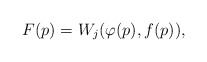
\begin{align*}F(p)=W_j(\varphi(p),f(p)), \end{align*}